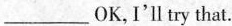
___OK, I'ltry that.